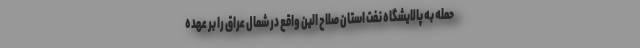
حمله به پالایشگاه نفت استان صلاح الین واقع در شمال عراق را بر عهده